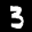
Label: 3